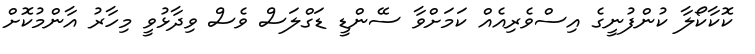
ކޮކާކޯލާ ކުންފުނީގެ އިސްވެރިއެއް ކަމަށްވާ ސޭންޑީ ޑަގްލަސް ވެސް ވިދާޅުވީ މިހާރު އާންމުކޮށް